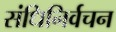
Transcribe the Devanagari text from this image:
संधिनिर्वचन